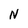
Character: N